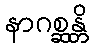
နာဂစ္ဆန္တိ